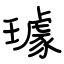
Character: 璩